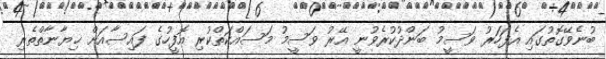
ބުނެވޭގޮތުގައި އެފަހަރު ވަސީމު ބަންދުކުރެވުނީ އޭރު ވަސީމު މަސައްކަތްކުރި އޮފީހުގެ ފައިސާއަށް ޚިޔާނާތްތެރި